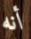
أنه